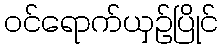
ဝင်ရောက်ယှဉ်ပြိုင်